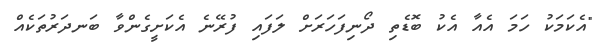
"އެކަމަކު ހަމަ އެއާ އެކު ބޮޑެތި ދޯނިފަހަރަށް ލަފައި ފުރޭނެ އެކަށީގެންވާ ބަނދަރުތަކެއް